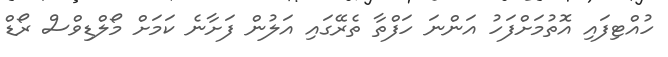
ހުއްޓިފައި އޮތުމަށްފަހު އަންނަ ހަފްތާ ތެރޭގައި އަލުން ފަށާނެ ކަމަށް މޯލްޑިވްސް ރޯޑް